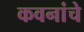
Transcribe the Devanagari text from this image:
कवनांचे